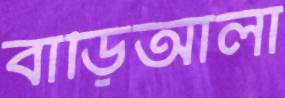
বাড়িআলা